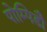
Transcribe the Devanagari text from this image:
पोम्पिडौ